Burma Government Medical School reports 1907-22
Year: 1907
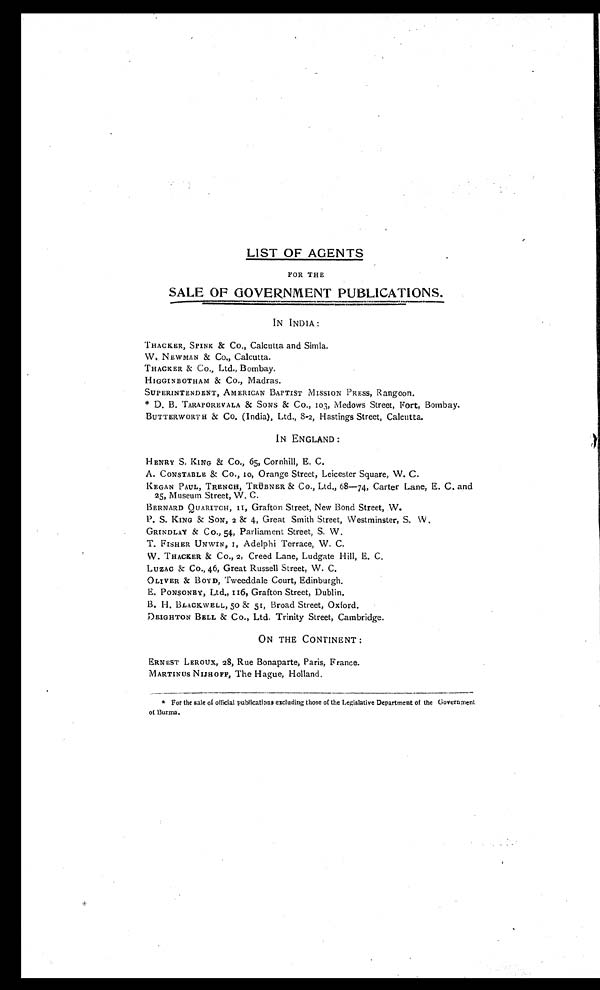
LIST OF AGENTS
FOR THE
SALE OF GOVERNMENT PUBLICATIONS.
IN INDIA:
THACKER, SPINK & Co., Calcutta and Simla.
W. NEWMAN & Co., Calcutta.
THACKER & Co., Ltd., Bombay.
HIGGINBOTHAM & CO., Madras.
SUPERINTENDENT, AMERICAN BAPTIST MISSION PRESS, Rangoon.
* D. B. TARAPOREVALA & SONS & CO., 103, Medows Street, Fort, Bombay.
BUTTERWORTH & Co. (India), Ltd., 8-2, Hastings Street, Calcutta.
IN ENGLAND:
HENRY S. KING & Co., 65, Cornhill, E. C.
A. CONSTABLE & Co., 10, Orange Street, Leicester Square, W. C.
KEGAN PAUL, TRENCH, TRÜBNER & Co., Ltd., 68—74, Carter Lane, E. C. and
25, Museum Street, W. C.
BERNARD QUARITCH, II, Grafton Street, New Bond Street, W.
P. S. KING & SON, 2 & 4, Great Smith Street, Westminster, S. W.
GRINDLAY & Co., 54, Parliament Street, S. W.
T. FISHER UNWIN, I, Adelphi Terrace, W. C.
W. THACKER & Co., 2, Creed Lane, Ludgate Hill, E. C.
LUZAC & Co., 46, Great Russell Street, W. C.
OLIVER & BOYD, Tweeddale Court, Edinburgh.
E. PONSONBY, Ltd., 116, Grafton Street, Dublin.
B. H. BLACKWELL, 50 & 51, Broad Street, Oxford.
DEIGHTON BELL & Co., Ltd. Trinity Street, Cambridge.
ON THE CONTINENT:
ERNEST LEROUX, 28, Rue Bonaparte, Paris, France.
MARTINUS NIJHOFF, The Hague, Holland.
* For the sale of official publications excluding those of the Legislative Department of the Government
of Burma.